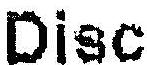
DISC